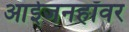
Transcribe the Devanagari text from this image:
आईजनहॉवर